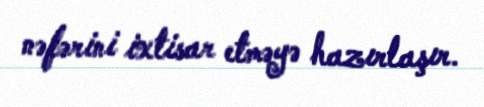
nəfərini ixtisar etməyə hazırlaşır.